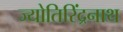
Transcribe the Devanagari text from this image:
ज्योतिरिंद्रनाथ